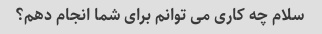
سلام چه کاری می توانم برای شما انجام دهم؟